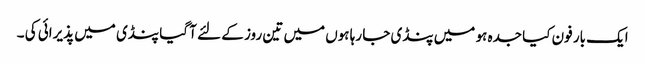
ایک بار فون کیا جدہ ہو میں پنڈی جا رہا ہوں میں تین روز کے لئے آ گیا پنڈی میں پذیرائی کی ۔